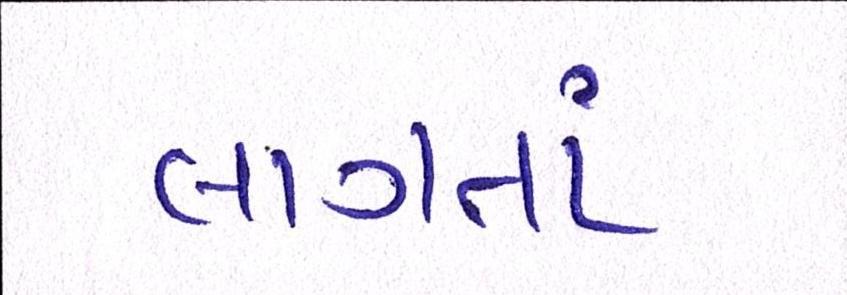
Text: લાગતાં